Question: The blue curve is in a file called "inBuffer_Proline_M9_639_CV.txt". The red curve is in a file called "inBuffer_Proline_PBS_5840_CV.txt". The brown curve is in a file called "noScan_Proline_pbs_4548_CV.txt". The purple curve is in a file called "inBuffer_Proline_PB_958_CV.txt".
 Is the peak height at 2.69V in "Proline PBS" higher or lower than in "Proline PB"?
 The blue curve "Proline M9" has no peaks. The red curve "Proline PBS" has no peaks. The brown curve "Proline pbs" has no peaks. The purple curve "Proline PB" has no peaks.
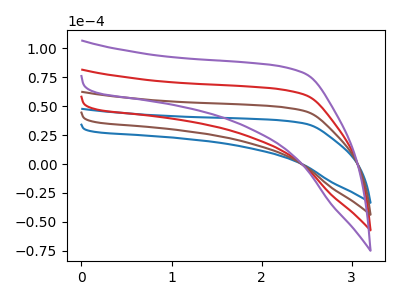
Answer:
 <answer>"Proline PBS" and "Proline PB" dont share a peak at 2.69V.</answer>
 <eval>mismatch</eval>